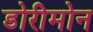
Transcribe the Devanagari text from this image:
डोरीमोन